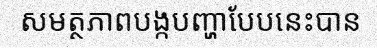
សមត្ថភាពបង្កបញ្ហាបែបនេះបាន